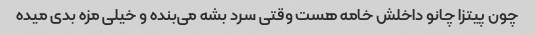
چون پیتزا چانو داخلش خامه هست وقتی سرد بشه می‌بنده و خیلی مزه بدی میده